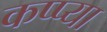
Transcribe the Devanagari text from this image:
कप्प्या